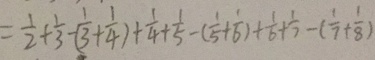
= \frac { 1 } { 2 } + \frac { 1 } { 3 } - ( \frac { 1 } { 3 } + \frac { 1 } { 4 } ) + \frac { 1 } { 4 } + \frac { 1 } { 5 } - ( \frac { 1 } { 5 } + \frac { 1 } { 6 } ) + \frac { 1 } { 6 } + \frac { 1 } { 7 } - ( \frac { 1 } { 7 } + \frac { 1 } { 8 } )